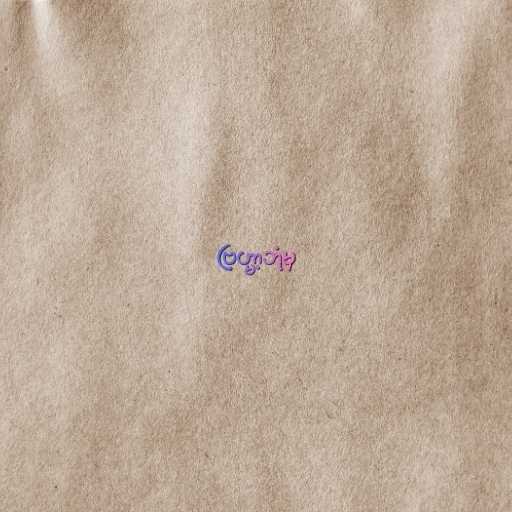
ဗြဟ္မာ့ဘုံမှ